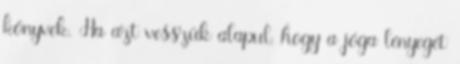
könyvek. Ha azt vesszük alapul, hogy a jóga lényegét